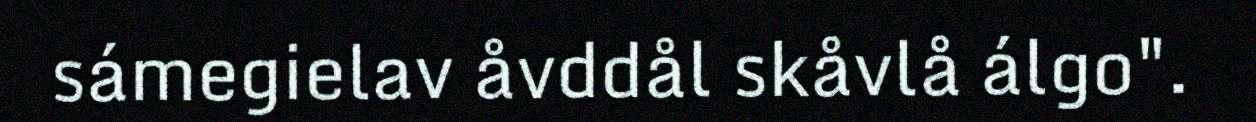
sámegielav åvddål skåvlå álgo".